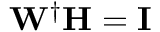
\mathbf { W } ^ { \dagger } \mathbf { H } = \mathbf { I }